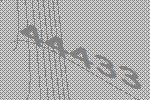
44433